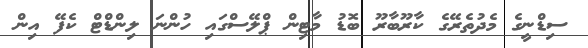
ސިޑްނީގެ މެދުތެރޭގެ ކާރޫބާރޫ ބޮޑު މާޓިން ޕްލޭސްގައި ހުންނަ ލިންޑްޓް ކެފޭ އިން